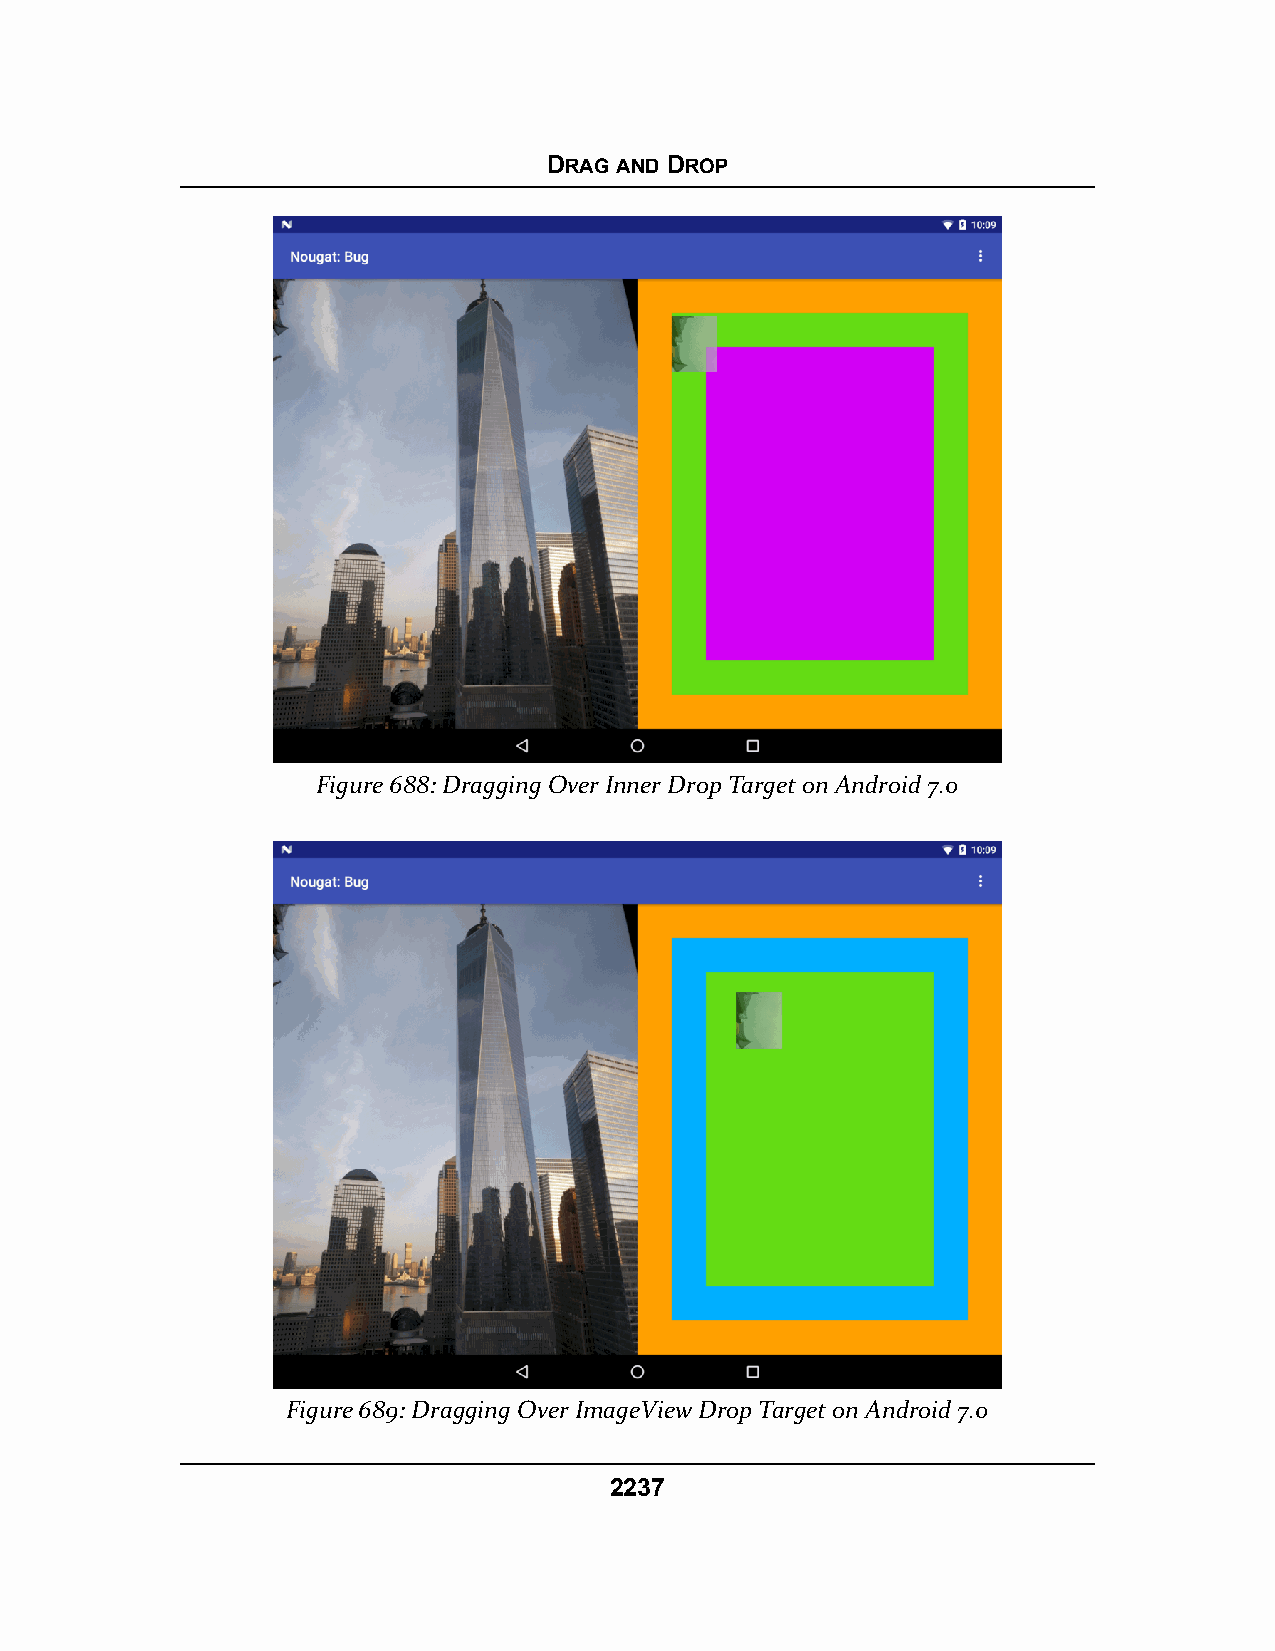
DRAG AND DROP
 Figure 688: Dragging Over Inner Drop Target on Android 7.0
 Figure 689: Dragging Over ImageView Drop Target on Android 7.0
 2237